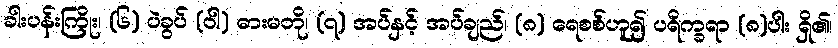
ခါးပန်းကြိုး၊ (၆) ပဲခွပ် (ဝါ) ဓားမတို၊ (၇) အပ်နှင့် အပ်ချည်၊ (၈) ရေစစ်ဟူ၍ ပရိက္ခရာ (၈)ပါး ရှိ၏၊